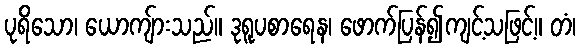
ပုရိသော၊ ယောကျ်ားသည်။ ဒုရူပစာရေန၊ ဖောက်ပြန်၍ကျင့်သဖြင့်။ တံ၊